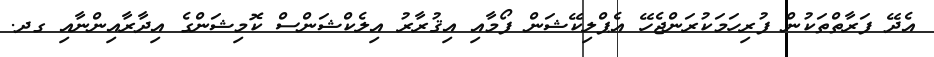
އެދޭ ފަރާތްތަކުން ފުރިހަމަކުރަންޖެހޭ އެޕްލިކޭޝަން ފޯމާއި އިޤުރާރު އިލެކްޝަންސް ކޮމިޝަންގެ އިދާރާއިންނާއި ގދ.